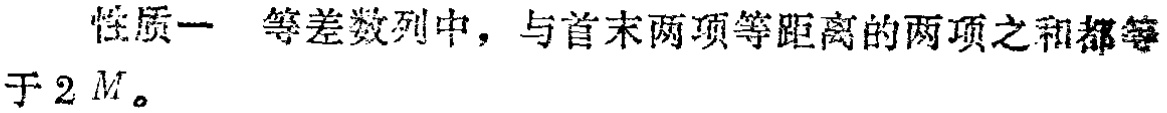
性质一 等差数列中，与首末两项等距离的两项之和都等于 \(2M\)。